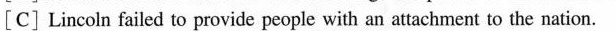
[C]Lincoln failed to provide people with an attachment to the nation.